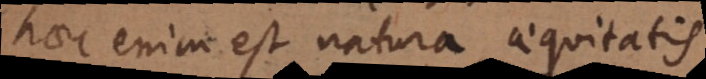
haec enim est natura aequitatis.